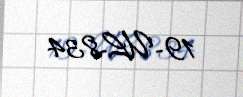
19-UL-834